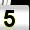
Digit: 5